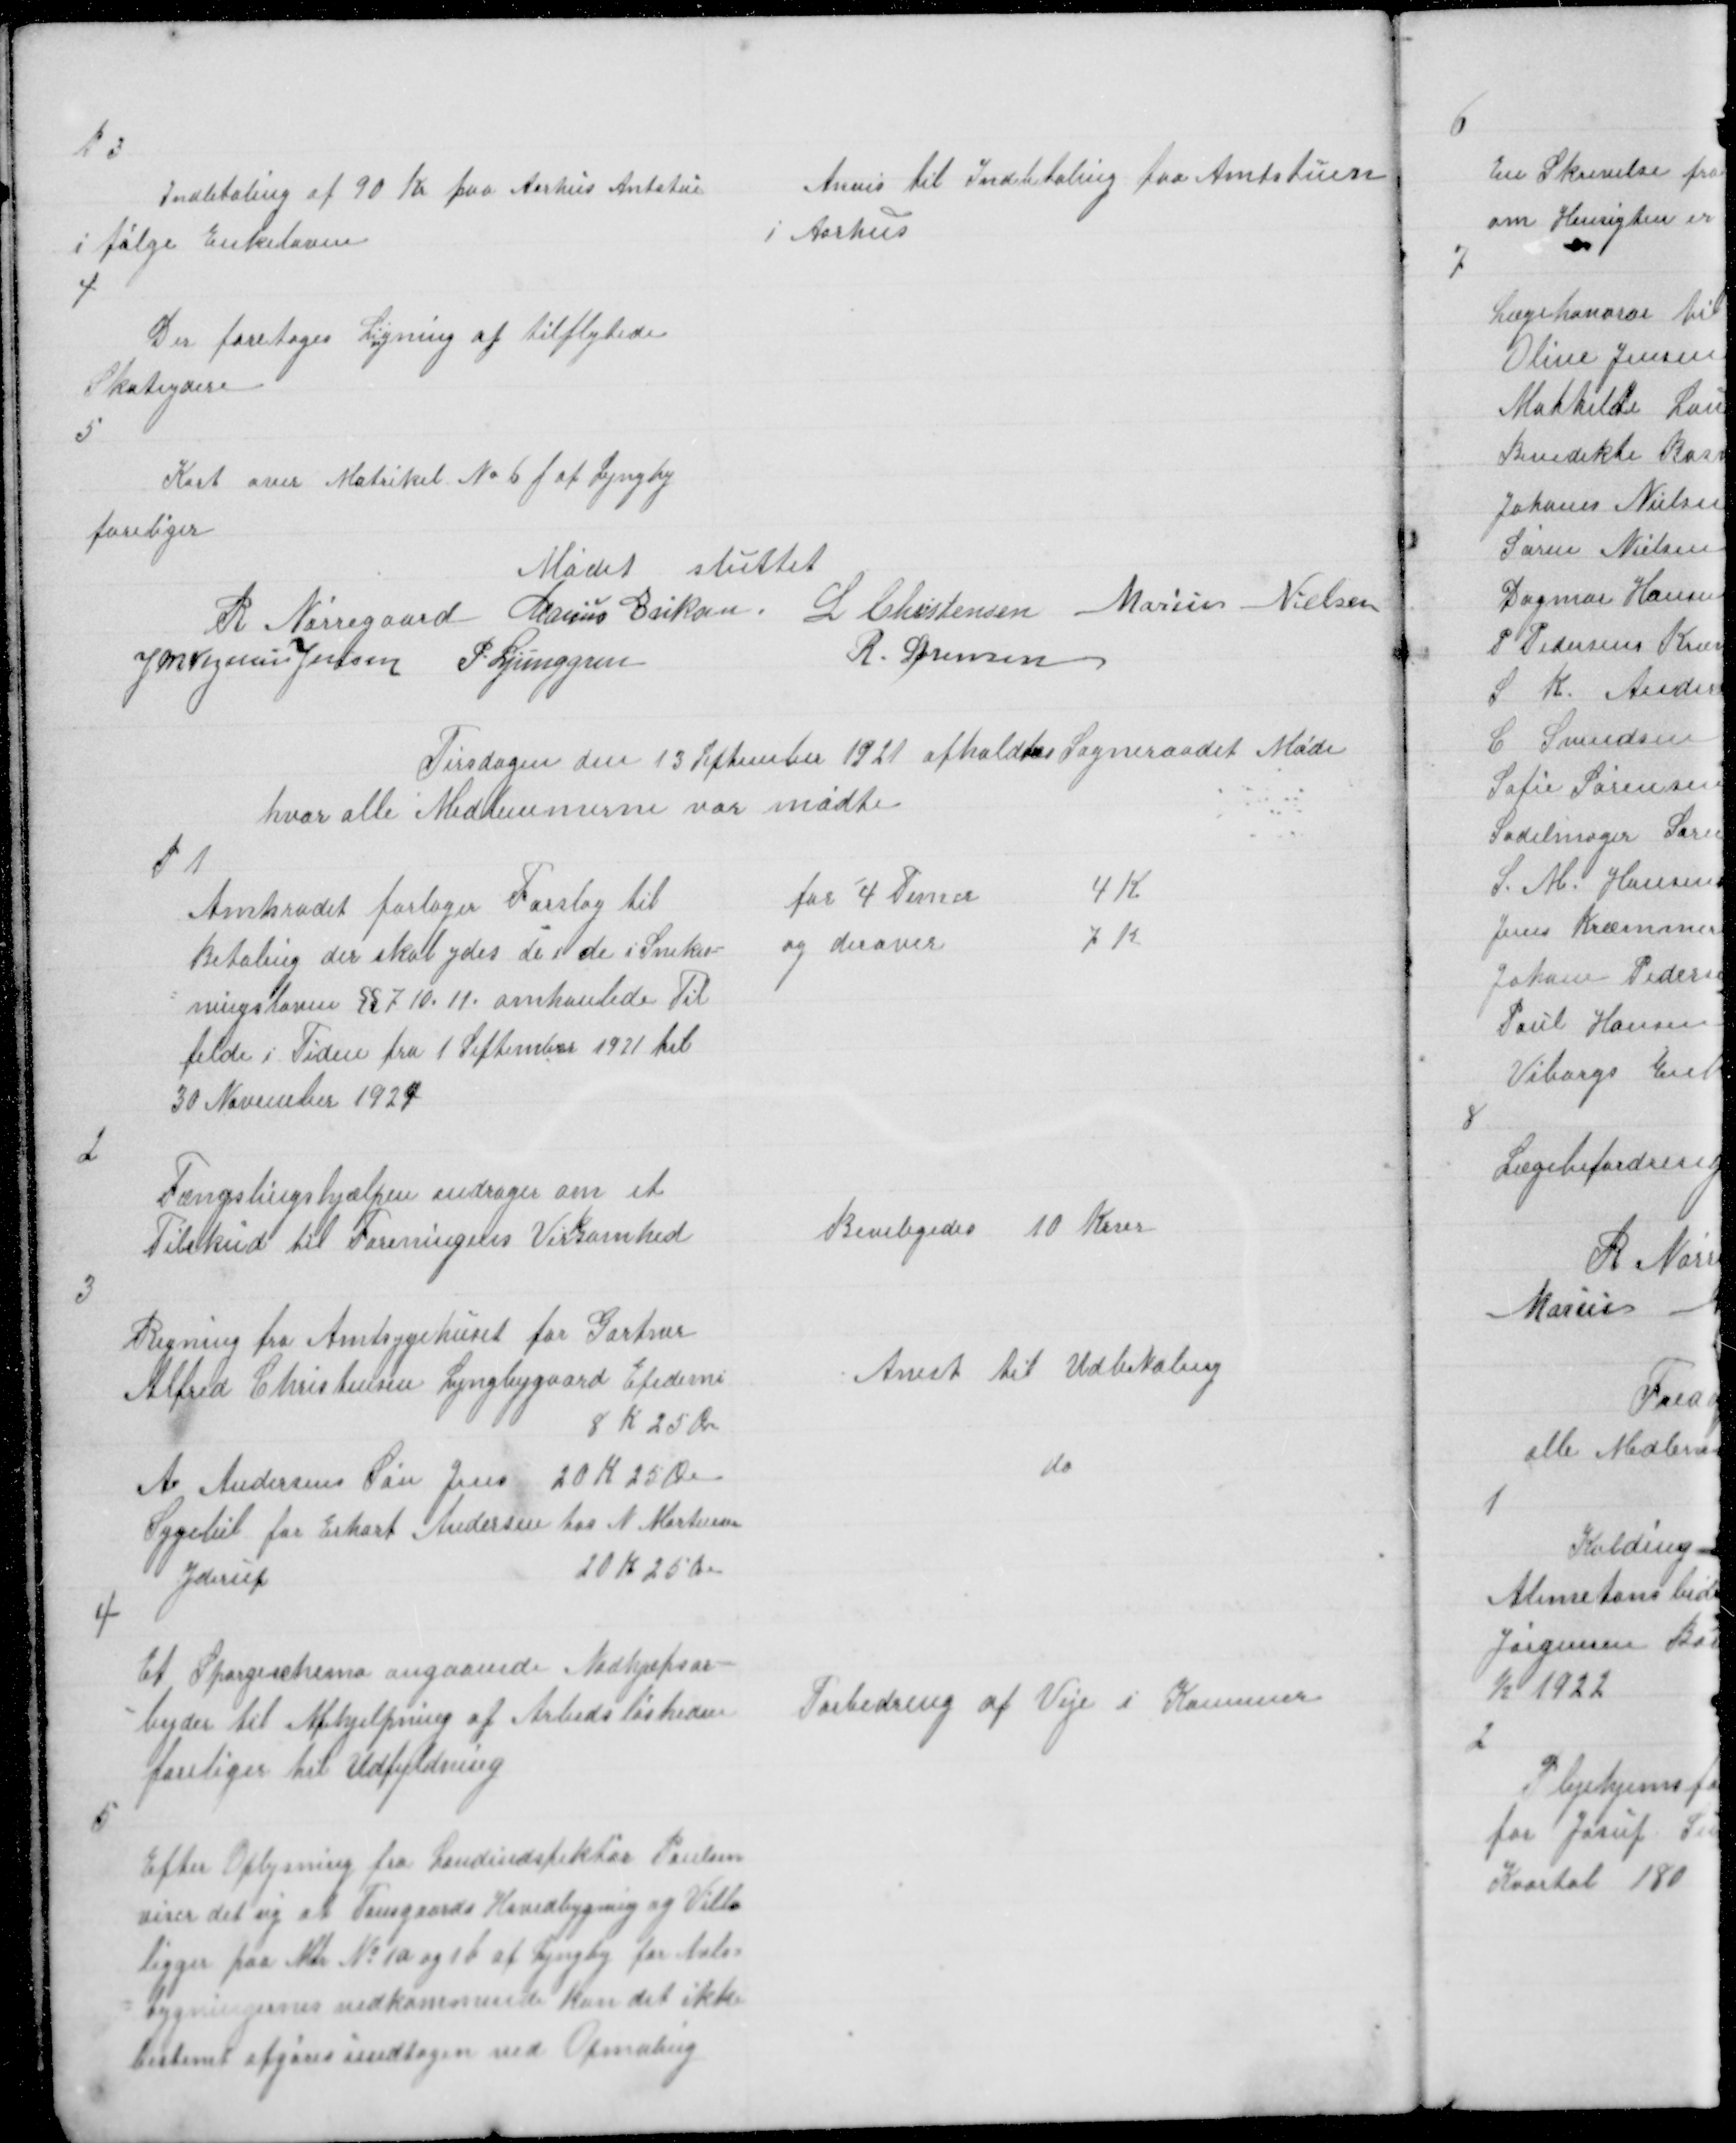
Transskription:
P 3

Indbetaling af 90 Kr paa Aarhus Amtstue
i følge Enkeloven

Anvis til Indbetaling paa Amtstuen
i Aarhus

4

Der foretoges Ligning af tilflytede
Skateydere

5

Kort over Matrikel № 6 f af Lyngby
foreliger

Mødet sluttet
R Nørregaard Marius Eriksen L Christensen Marius Nielsen
J M Vogelius Jensen P. Ljunggren
R. Sørensen

Tirsdagen den 13 September 1921 afholdtes Sogneraadet Møde
hvor alle Medlemmerne var mødte

P 1

Amtsradet forlæger Forslag til
Betaling der skal ydes de i de i Snekas=
ningslovens §§ 7-10-11 omhanlede Til
felde i Tiden fra 1 September 1921 til
30 November 1924

for 4 Timer
4 K
og derover
7 K

2

Fængslingshjælpen andrager om et
Tilskud til Foreningens Vir
k
somhed

Beviligedes 10 Krner

3

Regning fra Amtsygehuset for Gartner
Alfred Christensen Lyngbygaard Epedemi
8 K 25 Øre

Anvst til Udbetaling

A Andersens Søn Jens 20 K 25 Øre
Sygebil for Erhart Andersen hos N Mortensen
Yderup
20 K 25 Øre

do

4

Et Spørgeschema angaaende Nødhjæpsar =
= bejder til Afhjælpning af Arbedsløsheden
foreliger til Udfyldning

Forbedring af Veje i Komunen

5

Efter Oplysning fra landindspektør Poulsen
viser det sig at Tousgaards Hovedbygning og Villa
ligger paa Mtr № 1a og 1b af Lyngby for Avls =
= bygningernes vedkommende kan det ikke
bestemt afgøres undtagen ved Opmaaling